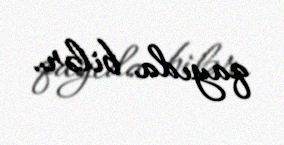
qayıda bilər.